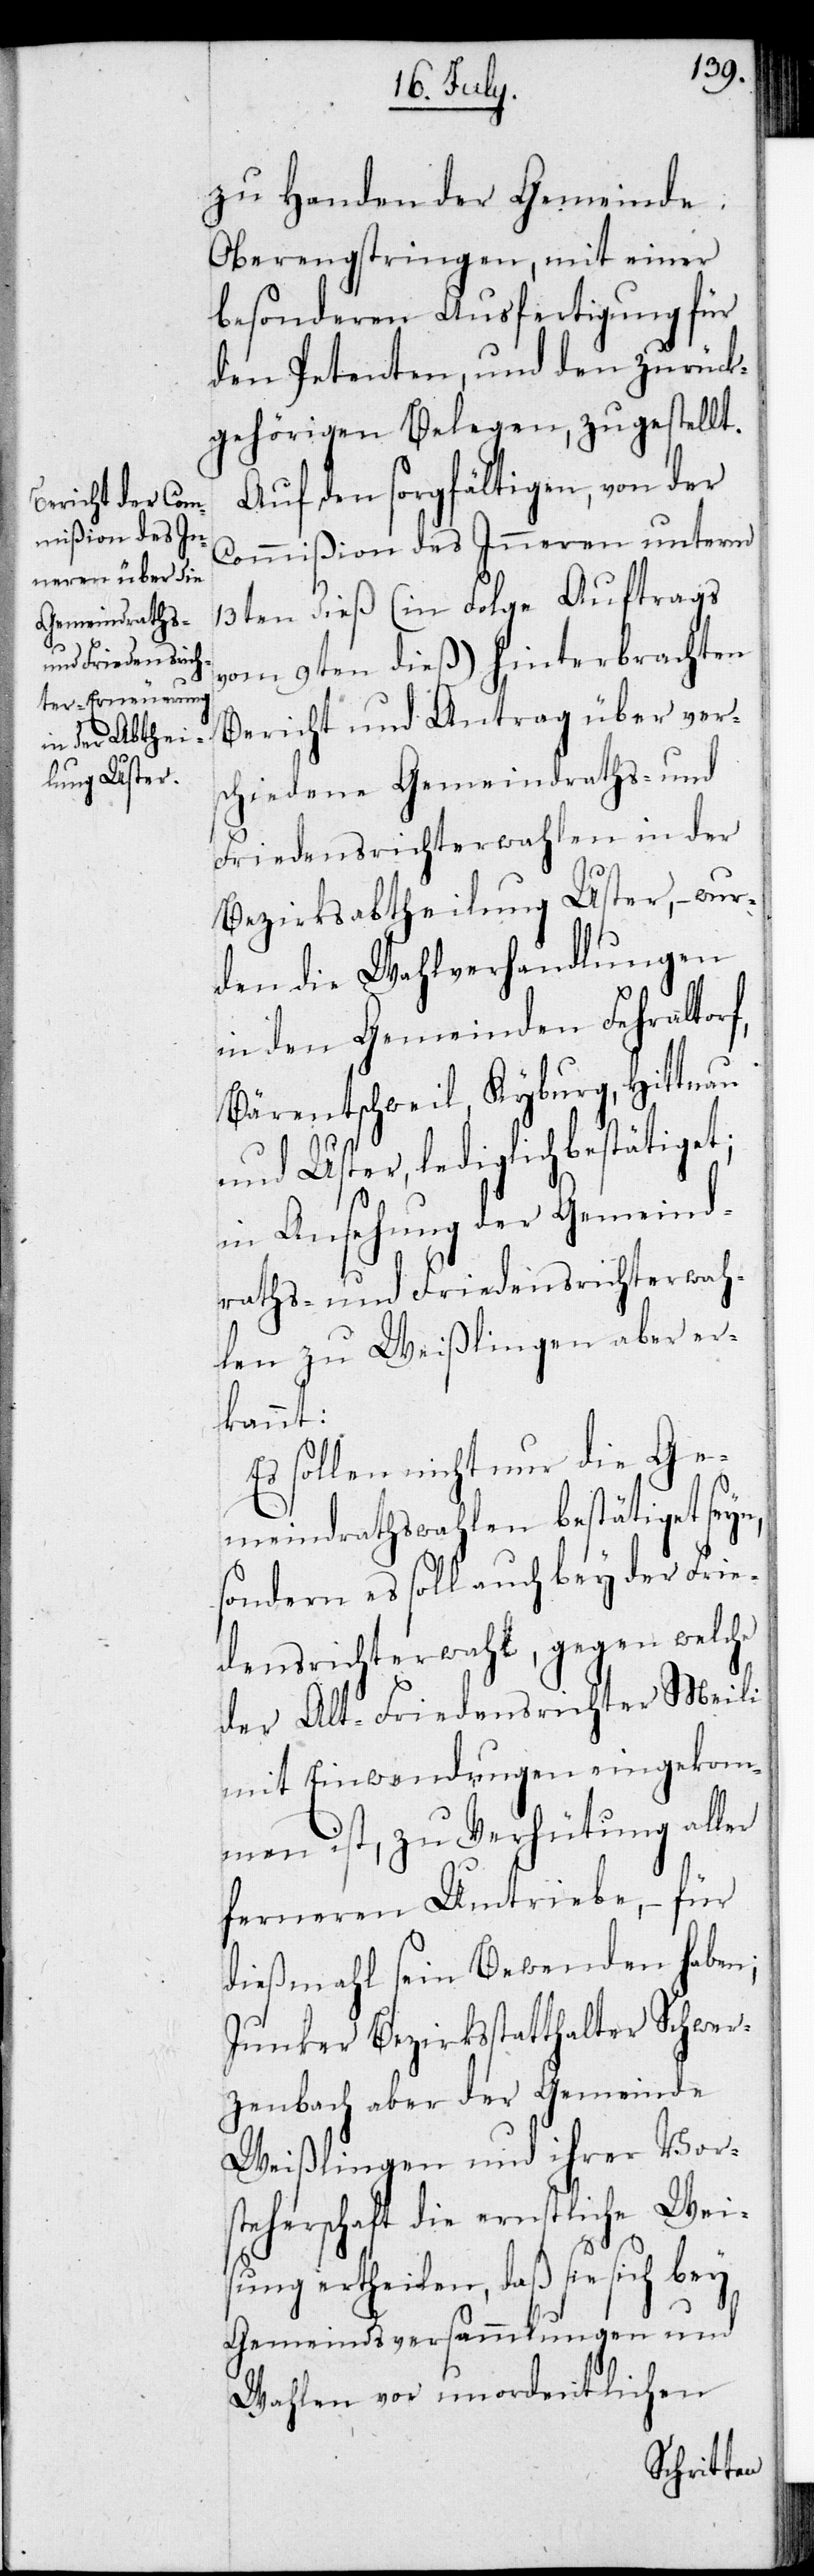
und Uster,

zu Handen der Gemeinde
Oberengstringen, mit einer
besonderen Ausfertigung für
den Petenten, und den zurück¬
gehörigen Belegen, zugestellt.
Auf den sorgfältigen, von der
Commißion des Inneren unterm
13ten dieß (in Folge Auftrags
vom 9ten dieß) hinterbrachten
Bericht und Antrag über ver¬
schiedene Gemeindraths- und
Friedensrichterwahlen in der
Bezirksabtheilung Uster, – wur¬
den die Wahlverhandlungen
in den Gemeinden Fehraltorf,
Bärentschweil, Kyburg, Hittnau
lediglich bestätiget;
in Ansehung der Gmeind¬
raths- und Friedensrichterwah¬
len zu Weißlingen aber er¬
kannt:
Es sollen nicht nur die Ge¬
meindrathswahlen bestätiget seyn,
sondern es soll auch bey der Frie¬
densrichterwahl, gegen welche
der Alt-Friedensrichter Meili
mit Einwendungen eingekom¬
men ist, zu Verhütung aller
ferneren Umtriebe, – für
dießmahl sein Bewenden haben;
Junker Bezirksstatthalter Schwer¬
zenbach aber der Gemeinde
Weißlingen und ihrer Vors¬
teherschaft die ernstliche Wei¬
sung ertheilen, daß sie sich bey
Gemeindsversammlungen und
Wahlen vor unordentlichen